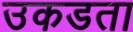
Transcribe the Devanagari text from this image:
उकडता